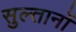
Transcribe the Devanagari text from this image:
सुल्‍तानों